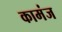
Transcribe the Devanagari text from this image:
कामंज